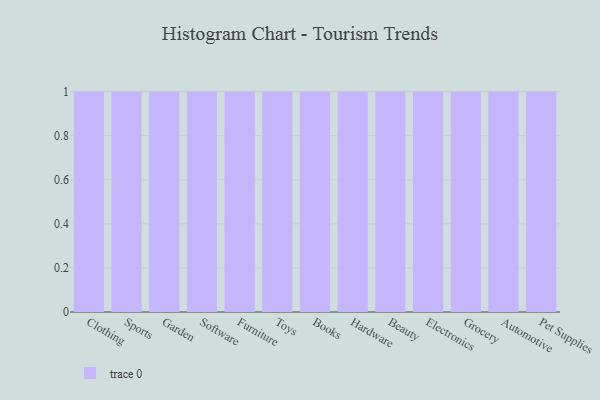
{"axis": {"x": "Category", "y": "Churn Rate (%)"}, "legend": [""], "data": [{"x": "Clothing", "y": 17, "type": ""}, {"x": "Sports", "y": 56, "type": ""}, {"x": "Garden", "y": 94, "type": ""}, {"x": "Software", "y": 77, "type": ""}, {"x": "Furniture", "y": 66, "type": ""}, {"x": "Toys", "y": 62, "type": ""}, {"x": "Books", "y": 5, "type": ""}, {"x": "Hardware", "y": 44, "type": ""}, {"x": "Beauty", "y": 18, "type": ""}, {"x": "Electronics", "y": 90, "type": ""}, {"x": "Grocery", "y": 27, "type": ""}, {"x": "Automotive", "y": 46, "type": ""}, {"x": "Pet Supplies", "y": 35, "type": ""}]}